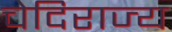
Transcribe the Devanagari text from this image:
चेदिराज्य